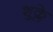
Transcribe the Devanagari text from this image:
शुक्ले